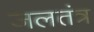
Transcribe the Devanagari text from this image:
जलतंत्र